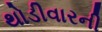
થોડીવારની